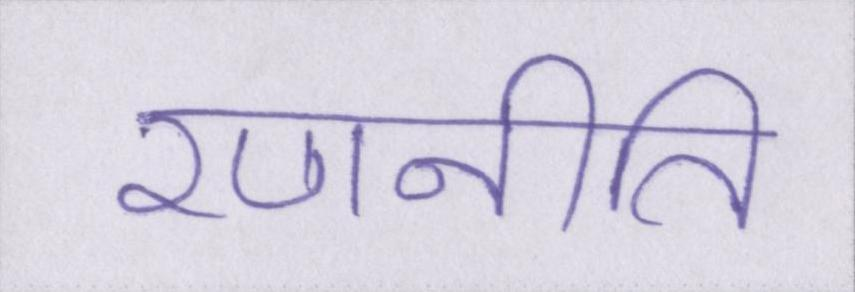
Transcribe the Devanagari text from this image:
रणनीति